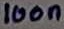
Text: 100n